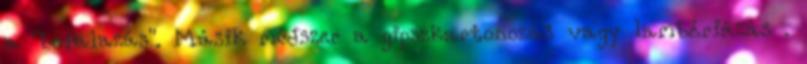
a "befalazás". Másik módszer a gipszkartonozás vagy lambériázás .